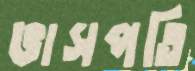
ভাসপতি